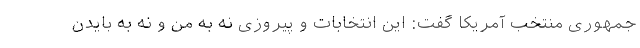
جمهوری منتخب آمریکا گفت: این انتخابات و پیروزی نه به من و نه به بایدن